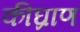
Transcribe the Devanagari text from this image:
कीघ्राण